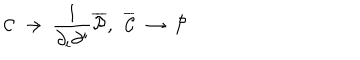
{ \cal C } ~ \to ~ \frac { 1 } { \partial _ { i } \partial ^ { i } } { \overline { { { \cal P } } } } , ~ ~ { \overline { { { \cal C } } } } ~ \to ~ { \cal P }